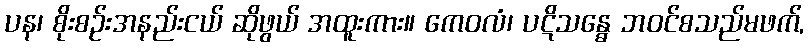
ပန၊ စိုးစဉ်းအနည်းငယ် ဆိုဖွယ် အထူးကား။ ကေဝလံ၊ ပဋိသန္ဓေ ဘဝင်စသည်မဖက်,